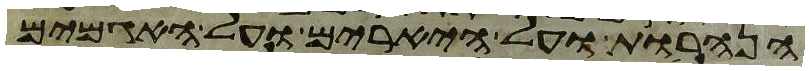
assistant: הנהרות ועל היארים ועל האגמים